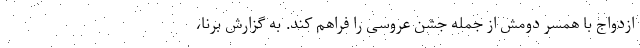
ازدواج با همسر دومش از جمله جشن عروسی را فراهم کند. به گزارش برنا،